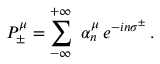
P _ { \pm } ^ { \mu } = \sum _ { - \infty } ^ { + \infty } \ \alpha _ { n } ^ { \mu } \, e ^ { - i n \sigma ^ { \pm } } \, .